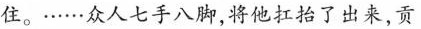
住。……众人七手八脚，将他扛抬了出来，贡